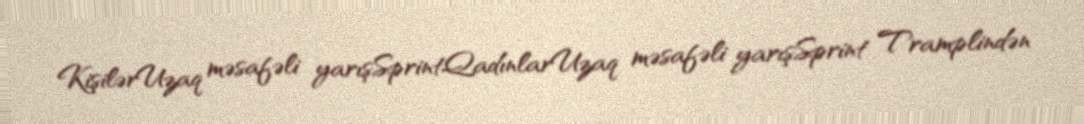
KişilərUzaq məsafəli yarışSprintQadınlarUzaq məsafəli yarışSprint Tramplindən